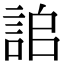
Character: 𧧆